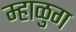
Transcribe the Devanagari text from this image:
म्हाळुग